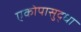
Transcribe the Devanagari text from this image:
एकोपासुद्धा